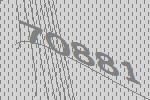
70881